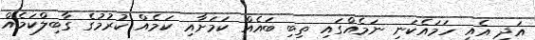
އަދި އެއީ ހަމައެކަނި ނަމެއްގައި ތިބި ބައެއް ކަމަށާއި ކަމެއް ކުރުމުގެ ގާބިލްކަމެއް